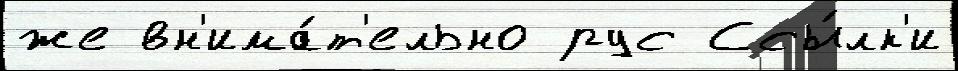
же вн'има́т'ельно рус Ссы́лк'и